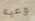
وعيه